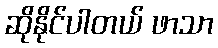
ဆိုနိုင်ပါတယ် ဖာသာ